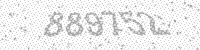
Solution: 889752